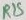
Text: R12